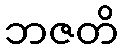
ဘဇတိ